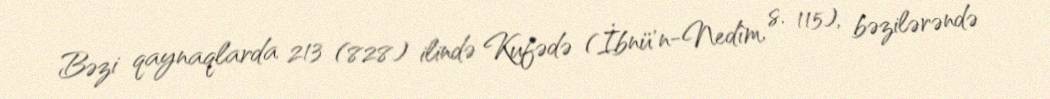
Bəzi qaynaqlarda 213 (828) ilində Kufədə (İbnü’n-Nedîm, s. 115), bəzilərəndə